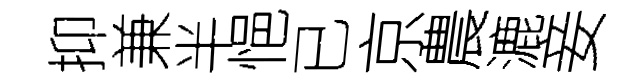
抑兼半悒已京農漉妾